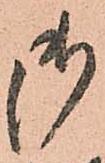
御